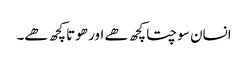
انسان سوچتا کچھ ھے اور ھوتا کچھ ھے۔